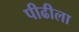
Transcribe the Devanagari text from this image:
पीढीला